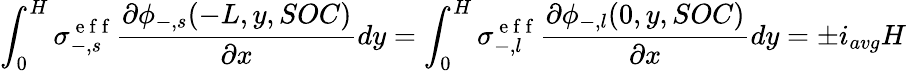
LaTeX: \int_{0}^{H}\sigma_{-,s}^{\mathrm{~e~f~f~}}\frac{\partial\phi_{-,s}(-L,y,SOC)}{\partial x}dy=\int_{0}^{H}\sigma_{-,l}^{\mathrm{~e~f~f~}}\frac{\partial\phi_{-,l}(0,y,SOC)}{\partial x}dy=\pm i_{avg}H